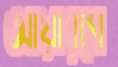
আয়ারসে